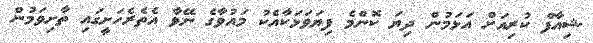
ޝިއާފް ކުރިއަށް އަޅަމުން ދިޔަ ކޮންމެ ފިޔަވަޅަކާއެކު މައުވާގެ ނޭވާ އެތެރެހަށީގައި ތާށިވަމުން